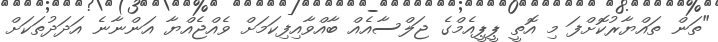
"ތަން ތައްޔާރުކޮށްފަ މި އޮތީ ޕީޕީއެމްގެ ޖަލްސާއެއް ބާއްވާއިފިކަމަށް ވެއްޖެއްޔާ އަންނާނެ އަދަދުތަކަށް